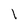
Character: l